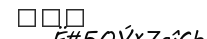
٢٤٦